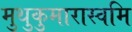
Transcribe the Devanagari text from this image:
मुथुकुमारास्वमि